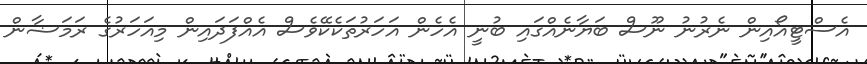
އެސްޓީއޯއިން ނެރުނު ނޫސް ބަޔާނެއްގައި ބުނީ އެހެން އަހަރުތަކެކޭވެސް އެއްފަދައިން މިއަހަރުގެ ރަމަޟާން